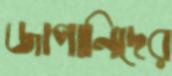
জাপানিদের